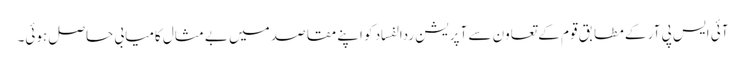
آئی ایس پی آر کے مطابق قوم کے تعاون سے آپریشن ردالفساد کو اپنے مقاصد میں بے مثال کامیابی حاصل ہوئی۔